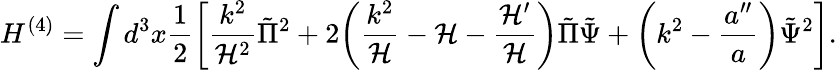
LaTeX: H^{(4)}=\int d^{3}x\frac{1}{2}\biggl[\frac{k^{2}}{{\cal H}^{2}}\tilde{\Pi}^{2}+2\biggl(\frac{k^{2}}{\cal H}-{\cal H}-\frac{{\cal H}^{\prime}}{{\cal H}}\biggr)\tilde{\Pi}\tilde{\Psi}+\biggl(k^{2}-\frac{a^{\prime\prime}}{a}\biggr)\tilde{\Psi}^{2}\biggr].